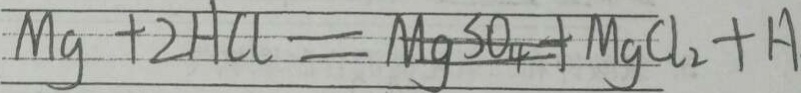
M g + 2 H C l = M g S O _ { 4 } + M g C l _ { 2 } + H